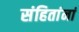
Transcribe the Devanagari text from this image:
संहितांनां